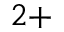
^ { 2 + }